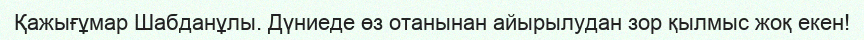
Қажығұмар Шабданұлы. Дүниеде өз отанынан айырылудан зор қылмыс жоқ екен!